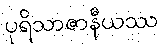
ပုရိသာဇာနီယဿ